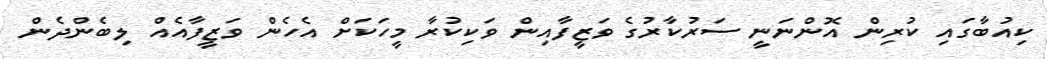
ކިއުބާގައި ކުރިން އޮންނަނީ ސަރުކާރުގެ ވަޒީފާއިން ވަކިކުރާ މީހަކަށް އެހެން ވަޒީފާއެއް ލިބެންދެން